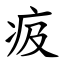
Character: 㽺